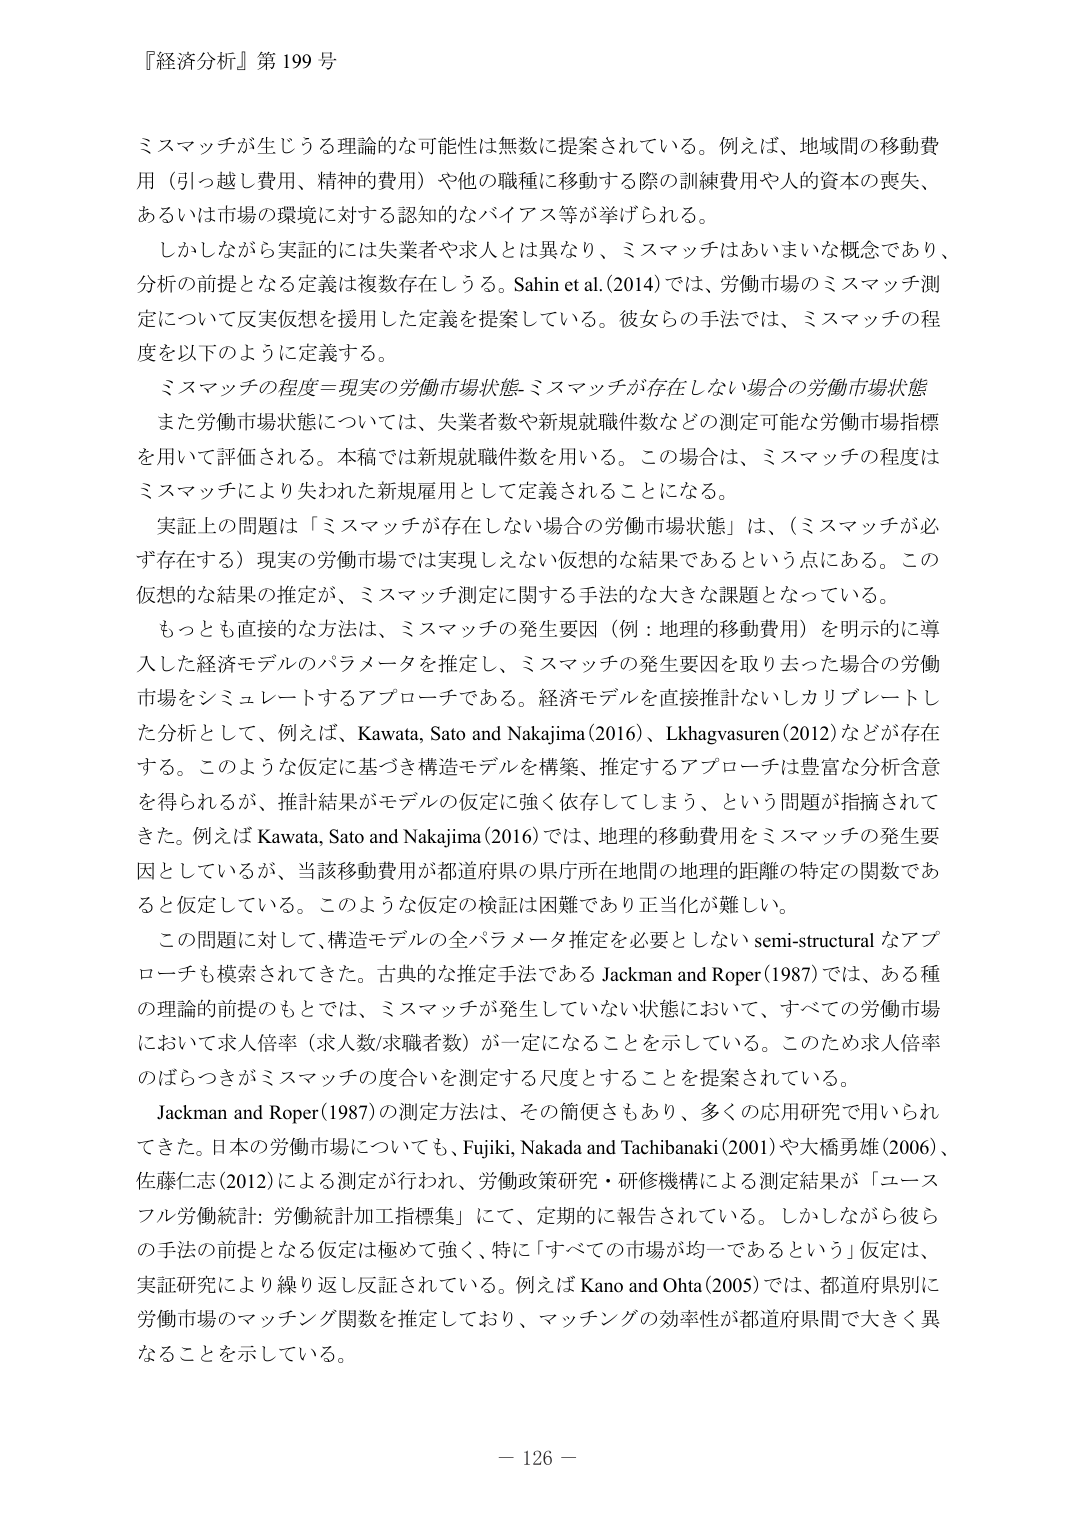
『経済分析』第199号

ミスマッチが生じうる理論的な可能性は無数に提案されている。例えば、地域間の移動費用（引っ越し費用、精神的費用）や他の職種に移動する際の訓練費用や人的資本の喪失、あるいは市場の環境に対する認知的なバイアス等が挙げられる。

しかしながら実証的には失業者や求人とは異なり、ミスマッチはあいまいな概念であり、分析の前提となる定義は複数存在しうる。Sahin et al. (2014)では、労働市場のミスマッチ測定について反実仮想を援用した定義を提案している。彼女らの手法では、ミスマッチの程度を以下のように定義する。

ミスマッチの程度＝現実の労働市場状態－ミスマッチが存在しない場合の労働市場状態

また労働市場状態については、失業者数や新規就職件数などの測定可能な労働市場指標を用いて評価される。本稿では新規就職件数を用いる。この場合は、ミスマッチの程度はミスマッチにより失われた新規雇用として定義されることになる。

実証上の問題は「ミスマッチが存在しない場合の労働市場状態」は、（ミスマッチが必ず存在する）現実の労働市場では実現しえない仮想的な結果であるという点にある。この仮想的な結果の推定が、ミスマッチ測定に関する手法的な大きな課題となっている。

もっとも直接的な方法は、ミスマッチの発生要因（例：地理的移動費用）を明示的に導入した経済モデルのパラメータを推定し、ミスマッチの発生要因を取り去った場合の労働市場をシミュレートするアプローチである。経済モデルを直接推定ないしカリブレートした分析として、例えば、Kawata, Sato and Nakajima (2016)、Lkhagvasuren (2012)などが存在する。このような仮定に基づき構造モデルを構築、推定するアプローチは豊富な分析含意を得られるが、推計結果がモデルの仮定に強く依存してしまう、という問題が指摘されてきた。例えばKawata, Sato and Nakajima (2016)では、地理的移動費用をミスマッチの発生要因としているが、当該移動費用が都道府県の県庁所在地間の地理的距離の特定の関数であると仮定している。このような仮定の検証は困難であり正当化が難しい。

この問題に対して、構造モデルの全パラメータ推定を必要としないsemi-structuralなアプローチも模索されてきた。古典的な推定手法であるJackman and Roper (1987)では、ある種の理論的前提のもとでは、ミスマッチが発生していない状態において、すべての労働市場において求人倍率（求人数/求職者数）が一定になることを示している。このため求人倍率のばらつきがミスマッチの度合いを測定する尺度とすることを提案されている。

Jackman and Roper (1987)の測定方法は、その簡便さもあり、多くの応用研究で用いられてきた。日本の労働市場についても、Fujiki, Nakada and Tachibanaki (2001)や大橋勇雄(2006)、佐藤仁志(2012)による測定が行われ、労働政策研究・研修機構による測定結果が「ユースフル労働統計: 労働統計加工指標集」にて、定期的に報告されている。しかしながら彼らの手法の前提となる仮定は極めて強く、特に「すべての市場が均一であるという」仮定は、実証研究により繰り返し反証されている。例えばKano and Ohta (2005)では、都道府県別に労働市場のマッチング関数を推定しており、マッチングの効率性が都道府県間で大きく異なることを示している。

－ 126 －